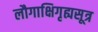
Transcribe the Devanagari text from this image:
लौगाक्षिगृह्यसूत्र